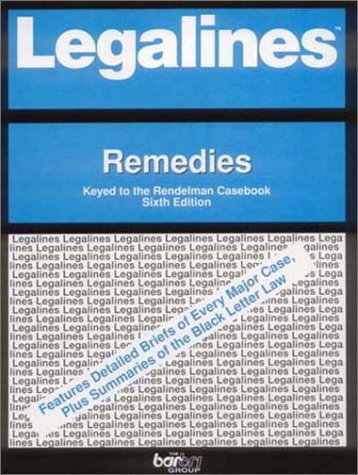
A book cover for Legalines: Remedies: Adaptable to Sixth Edition of the Rendelman Casebook; Arpiar G. Saunders Jr.; Law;